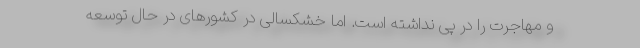
و مهاجرت را در پی نداشته است. اما خشکسالی در کشورهای در حال توسعه